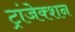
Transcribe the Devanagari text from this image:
ट्रांजेक्‍शन